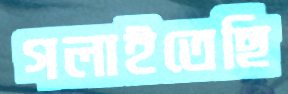
গলাইতেছি